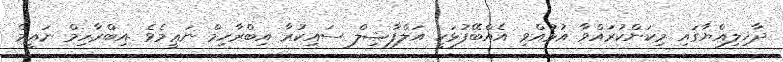
ދާޚިލިއްޔާގައި މިކަންކުރައްވާ އުޅުއްވި އެއްބޭފުޅަކީ އަލްފާޟިލް ސައިކުރާ އިބްރާހިމް ނަޢީމެވެ .އިބްރާހިމް ނަޢީމް